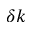
\delta k